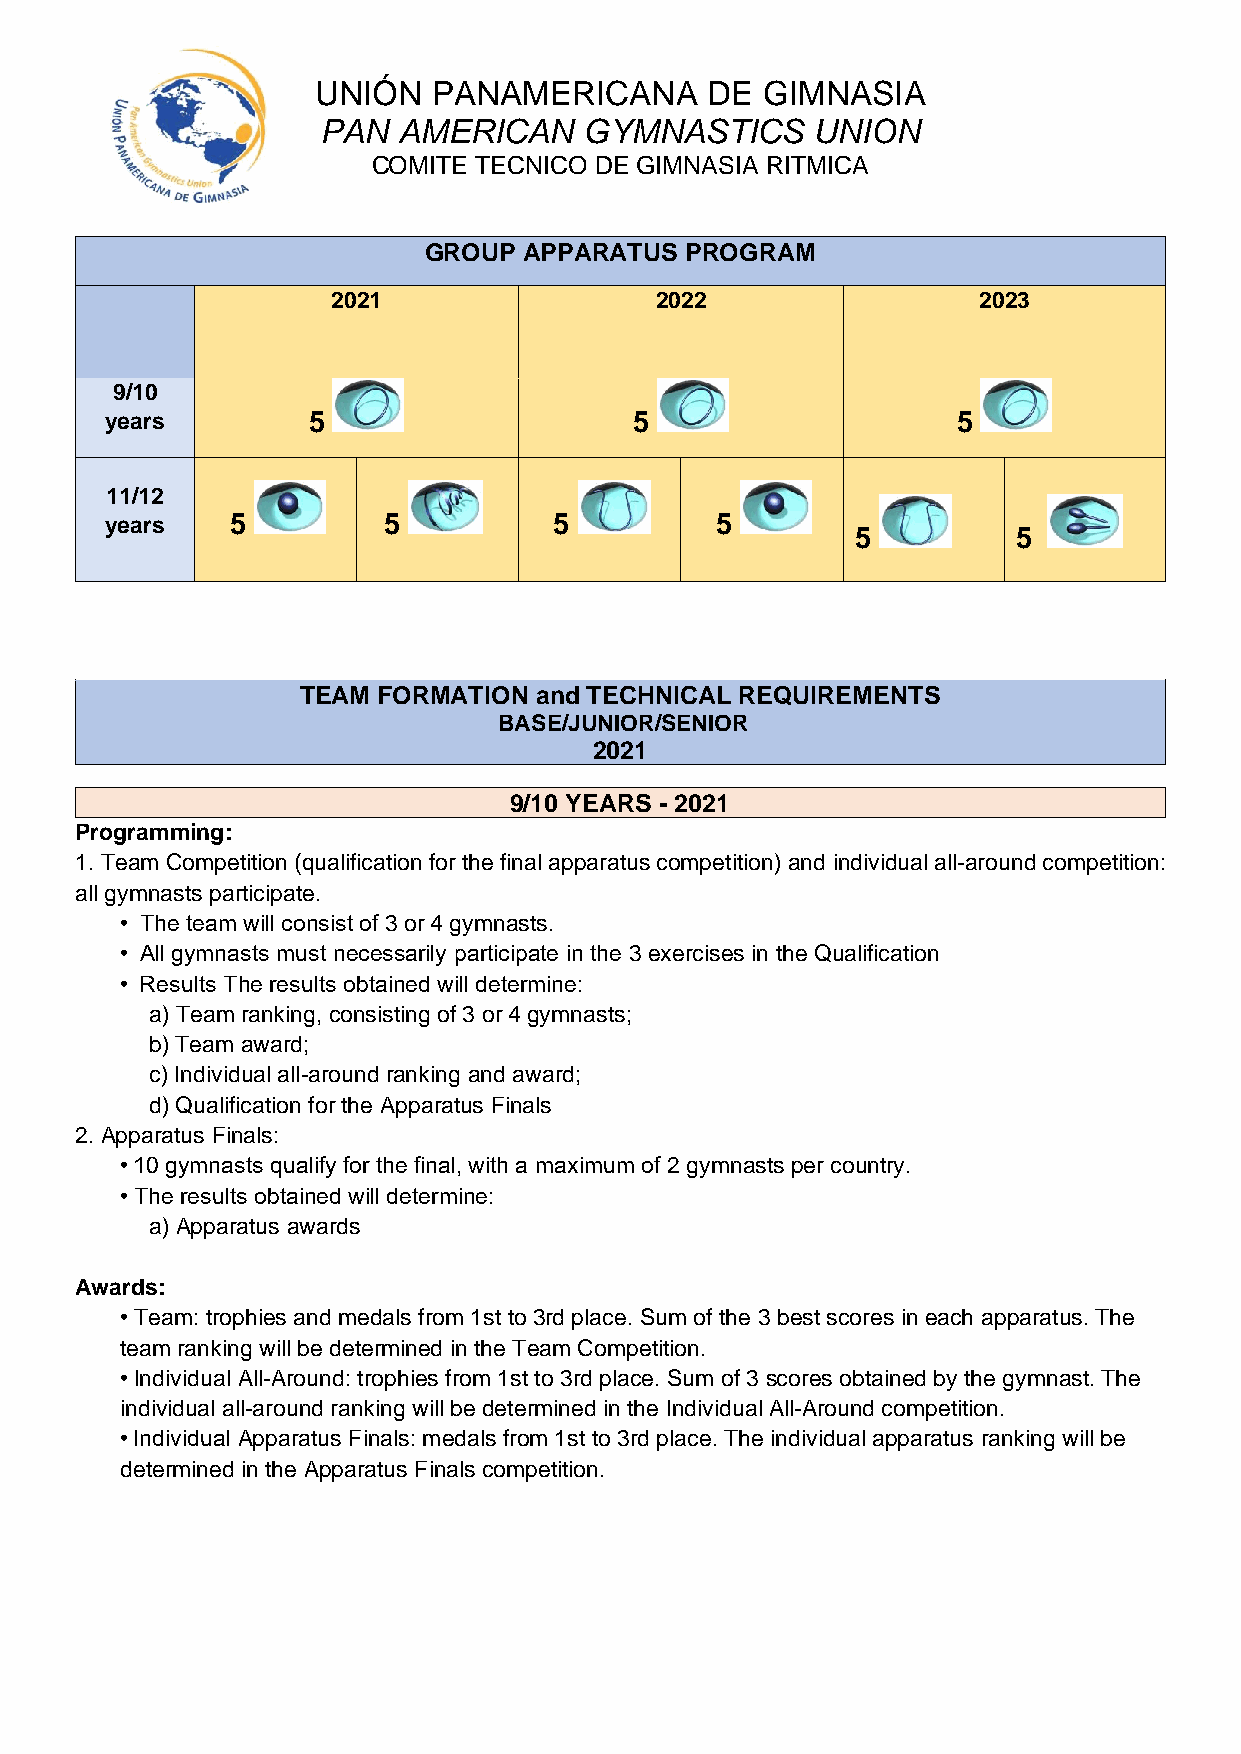
UNIÓN   PANAMERICANA      DE GIMNASIA
 PAN  AMERICAN     GYMNASTICS     UNION
 COMITE TECNICO DE GIMNASIA RITMICA
 GROUP  APPARATUS PROGRAM
 2021                 2022                  2023
 9/10
 years        5                     5                    5
 11/12
 years   5         5           5         5
 5         5
 TEAM FORMATION and TECHNICAL REQUIREMENTS
 BASE/JUNIOR/SENIOR
 2021
 9/10 YEARS - 2021
 Programming:
 1. Team Competition (qualification for the final apparatus competition) and individual all-around competition:
 all gymnasts participate.
 • The team will consist of 3 or 4 gymnasts.
 • All gymnasts must necessarily participate in the 3 exercises in the Qualification
 • Results The results obtained will determine:
 a) Team ranking, consisting of 3 or 4 gymnasts;
 b) Team award;
 c) Individual all-around ranking and award;
 d) Qualification for the Apparatus Finals
 2. Apparatus Finals:
 • 10 gymnasts qualify for the final, with a maximum of 2 gymnasts per country.
 • The results obtained will determine:
 a) Apparatus awards
 Awards:
 • Team: trophies and medals from 1st to 3rd place. Sum of the 3 best scores in each apparatus. The
 team ranking will be determined in the Team Competition.
 • Individual All-Around: trophies from 1st to 3rd place. Sum of 3 scores obtained by the gymnast. The
 individual all-around ranking will be determined in the Individual All-Around competition.
 • Individual Apparatus Finals: medals from 1st to 3rd place. The individual apparatus ranking will be
 determined in the Apparatus Finals competition.